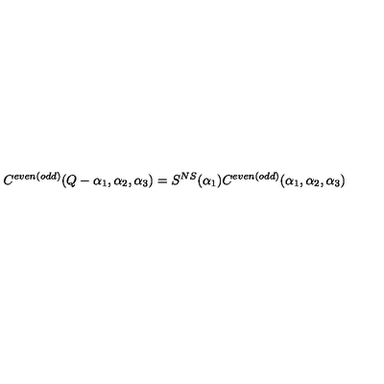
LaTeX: C ^ { e v e n ( o d d ) } ( Q - \alpha _ { 1 } , \alpha _ { 2 } , \alpha _ { 3 } ) = S ^ { N S } ( \alpha _ { 1 } ) C ^ { e v e n ( o d d ) } ( \alpha _ { 1 } , \alpha _ { 2 } , \alpha _ { 3 } )